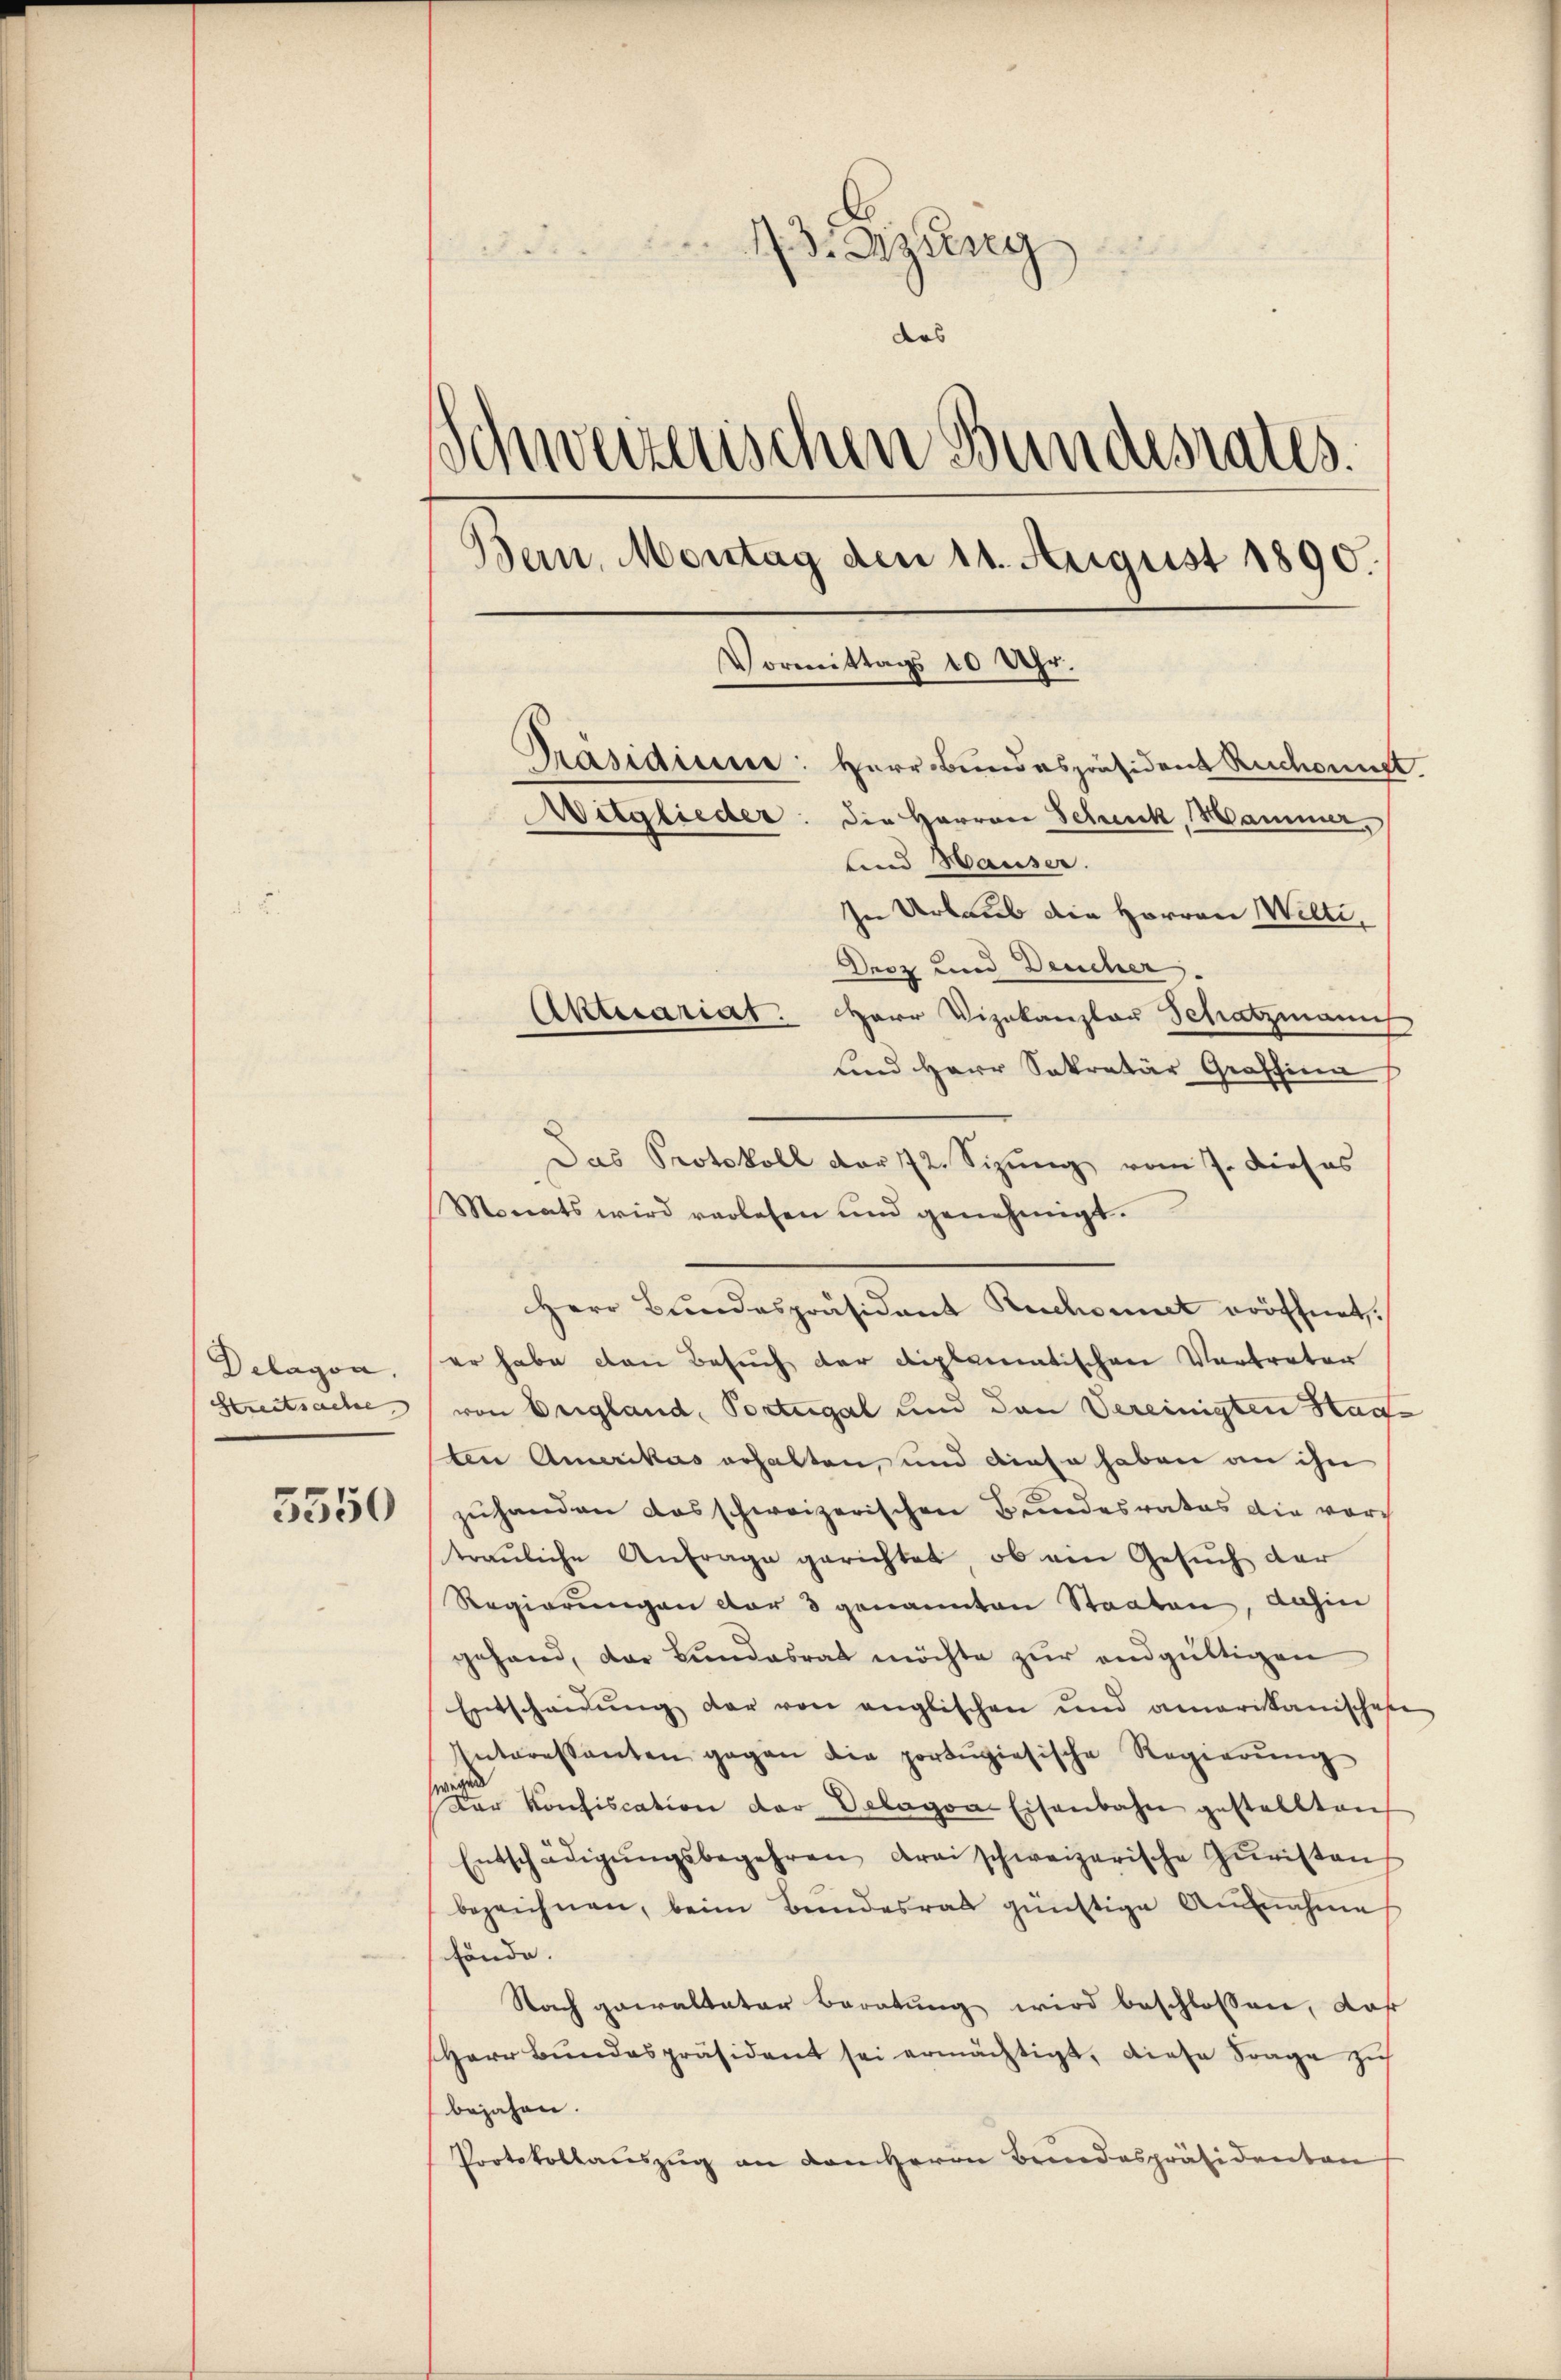
Delagen.
Streitsache

5550

13. Anzeig
des
Schweizerischen Bundesrates
Bern, Montag den 11. August 1890.
Vormittags 10 Uhr.
Präsidiue: Herr Bundespräsident Ruchonnet
Witglieder: die Herren Scheck, Hammer,
und Hauser.
In Urlaub die Herren Wilti¬

Decz und Deucher,
Aktuariat. Herr Vizekanzlar Schatzmanns
und Herr Sekretär Graffina
Monats wird verlesen und genehmigt.
Herr Bundespräsident Ruchonnet eröffnet.
er habe den Besuch der diplomatischen Vertreter
von Drigland, Portugal und den Vereinigten Hanten Amerikas erhalten, und diese haben an ihn
zŭhanden das schweizerischen Bundesrates die vor-
trauliche Anfrage gerichtet, ob ein Gesuch der
Regierungen der 3 genannten Staaten, dahin
gehand, das Bundesrat möchte zur endgültigen
Entscheidŭng der von englischen und amerikanischehe
Interessanten gegen die portŭgiesische Regierŭng
 Konfiscation der Delagoa-Eisenbahn gestellten
Entschädigŭngsbegehren drei schweizerische Zŭristen
bezeichnen, beim Bundesrat günstige Ausnahme
fände.
Nach gewalteter Beratung wird beschlossen, daß
Herr Bŭndespräsident sei ermächtigt, diese Frage zu
bejahen.
Protokollauszug an dem Herrn Brindespräsidenten

Das Protokoll dar 72. Sizŭng vom 7. dieses